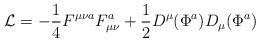
LaTeX: \begin{align*}{\cal L} = -{1 \over 4} F^{\mu \nu a} F_{\mu \nu} ^a + {1 \over 2}D^{\mu} ( \Phi ^a ) D_{\mu} ( \Phi ^a)\end{align*}